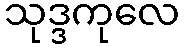
သုဒ္ဒကုလေ